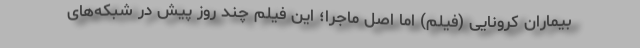
بیماران کرونایی (فیلم) اما اصل ماجرا؛ این فیلم چند روز پیش در شبکه‌های